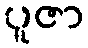
ပူဇာ